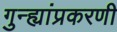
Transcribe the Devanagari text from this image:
गुन्ह्यांप्रकरणी